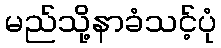
မည်သို့နာခံသင့်ပုံ